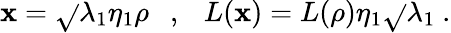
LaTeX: \mathbf{x}=\sqrt{}{{\lambda_{1}}}\eta_{1}\rho\ \ \ ,\ \ \ L(\mathbf{x})=L(\rho)\eta_{1}\sqrt{}{{\lambda_{1}}}\ .